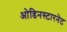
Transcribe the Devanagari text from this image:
ओडिनस्टारनेट